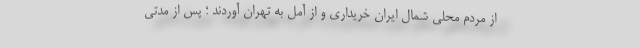
از مردم محلی شمال ایران خریداری و از آمل به تهران آوردند ؛ پس از مدتی